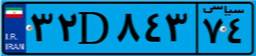
۸۴D۴۸۴۱۱